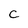
Character: c